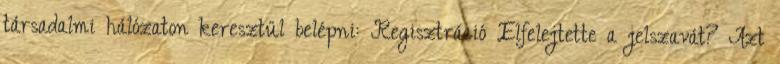
társadalmi hálózaton keresztül belépni: Regisztráció Elfelejtette a jelszavát? Azt